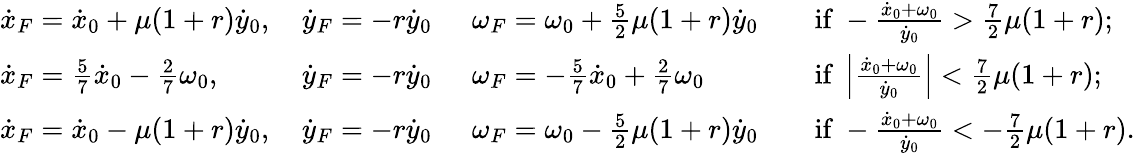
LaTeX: \begin{array}{llll}{\dot{x}_{F}=\dot{x}_{0}+\mu(1+r)\dot{y}_{0},\, }&{\dot{y}_{F}=-r\dot{y}_{0}\, \ }&{\omega_{F}=\omega_{0}+\frac{5}{2}\mu(1+r)\dot{y}_{0}}&{\quad\mathrm{if~}-\frac{\dot{x}_{0}+\omega_{0}}{\dot{y}_{0}}>\frac{7}{2}\mu(1+r);}\\ {\dot{x}_{F}=\frac{5}{7}\dot{x}_{0}-\frac{2}{7}\omega_{0},\, }&{\dot{y}_{F}=-r\dot{y}_{0}\, \ }&{\omega_{F}=-\frac{5}{7}\dot{x}_{0}+\frac{2}{7}\omega_{0}}&{\quad\mathrm{if~}\left|\frac{\dot{x}_{0}+\omega_{0}}{\dot{y}_{0}}\right|<\frac{7}{2}\mu(1+r);}\\ {\dot{x}_{F}=\dot{x}_{0}-\mu(1+r)\dot{y}_{0},\, }&{\dot{y}_{F}=-r\dot{y}_{0}\, \ }&{\omega_{F}=\omega_{0}-\frac{5}{2}\mu(1+r)\dot{y}_{0}}&{\quad\mathrm{if~}-\frac{\dot{x}_{0}+\omega_{0}}{\dot{y}_{0}}<-\frac{7}{2}\mu(1+r).}\end{array}